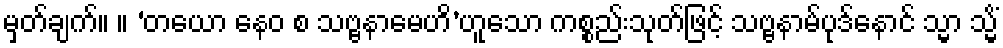
မှတ်ချက်။ ။ ‘တယော နေဝ စ သဗ္ဗနာမေဟိ’ဟူသော ကစ္စည်းသုတ်ဖြင့် သဗ္ဗနာမ်ပုဒ်နောင် သ္မာ သ္မိံ